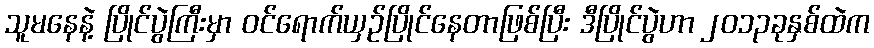
သူမနေနဲ့ ပြိုင်ပွဲကြီးမှာ ဝင်ရောက်ယှဉ်ပြိုင်နေတာဖြစ်ပြီး ဒီပြိုင်ပွဲဟာ ၂၀၁၃ခုနှစ်ထဲက